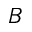
B